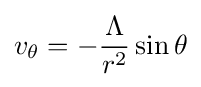
v_{\theta }=-{\frac {\Lambda }{r^{2}}}\sin \theta